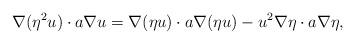
LaTeX: \begin{align*}\nabla(\eta^2u)\cdot a\nabla u=\nabla(\eta u)\cdot a\nabla(\eta u)-u^2\nabla\eta\cdot a\nabla\eta,\end{align*}